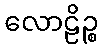
လောဠိဉ္စ